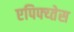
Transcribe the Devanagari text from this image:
एपिफ्य्तेस